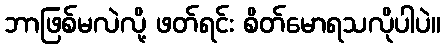
ဘာဖြစ်မလဲလို့ ဖတ်ရင်း စိတ်မောရသလိုပါပဲ။